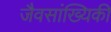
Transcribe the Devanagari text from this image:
जैवसांख्यिकी